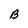
Character: B